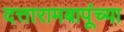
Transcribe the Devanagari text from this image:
दत्तारामबापूंच्या